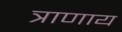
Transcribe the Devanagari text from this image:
त्राणाय